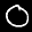
Label: 0